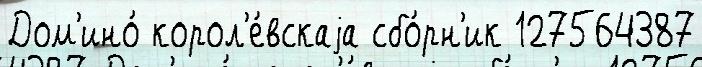
Дом'ино́ корол'е́вскаjа сбо́рн'ик 127564387